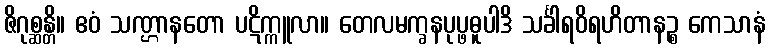
ဇိဂုစ္ဆန္တိ။ ဧဝံ သဏ္ဌာနတော ပဋိက္ကူလာ။ တေလမက္ခနပုပ္ဖဓူပါဒိ သင်္ခါရဝိရဟိတာနဉ္စ ကေသာနံ